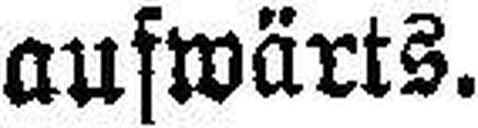
aufwärts.